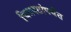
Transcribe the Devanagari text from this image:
चित्रपटांपर्यंत